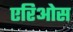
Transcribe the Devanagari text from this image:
एरिओस